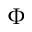
\Phi